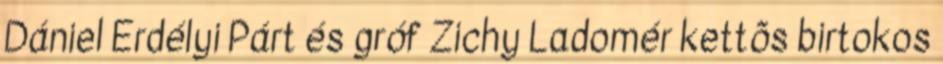
Dániel Erdélyi Párt és gróf Zichy Ladomér kettõs birtokos